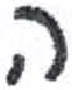
אות: ה